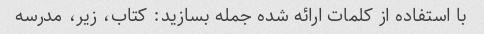
با استفاده از کلمات ارائه شده جمله بسازید: کتاب، زیر، مدرسه